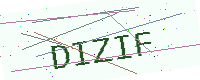
Text: DIZIF